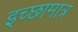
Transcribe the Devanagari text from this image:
इच्छामात्र